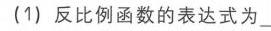
(1) 反比例函数的表达式为\_